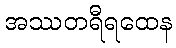
အဿတရီရထေန